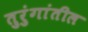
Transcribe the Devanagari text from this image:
तुरुंगांतील